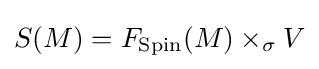
S(M)=F_{\mathrm {Spin} }(M)\times _{\sigma }V